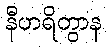
နီဟရိတွာန